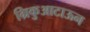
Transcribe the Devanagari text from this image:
ग्रिकुआटाऊन